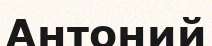
Антоний